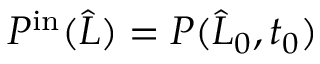
P ^ { \mathrm { i n } } ( \widehat { L } ) = P ( \widehat { L } _ { 0 } , t _ { 0 } )